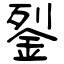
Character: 銐